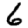
Digit: 6